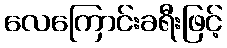
လေကြောင်းခရီးဖြင့်